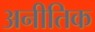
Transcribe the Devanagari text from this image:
अनीतिक